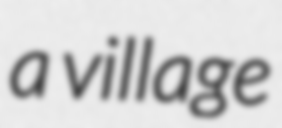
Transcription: a village